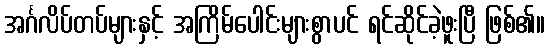
အင်္ဂလိပ်တပ်များနှင့် အကြိမ်ပေါင်းများစွာပင် ရင်ဆိုင်ခဲ့ဖူးပြီ ဖြစ်၏။